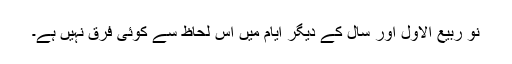
نو ربیع الاول اور سال کے دیگر ایام میں اس لحاظ سے کوئی فرق نہیں ہے۔